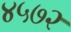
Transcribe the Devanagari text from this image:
४५७२